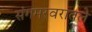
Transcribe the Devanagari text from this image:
संगमरवरातले